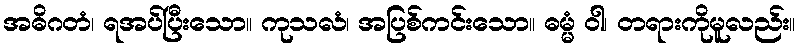
အဓိဂတံ၊ ရအပ်ပြီးသော။ ကုသလံ၊ အပြစ်ကင်းသော။ ဓမ္မံ ဝါ၊ တရားကိုမူလည်း။